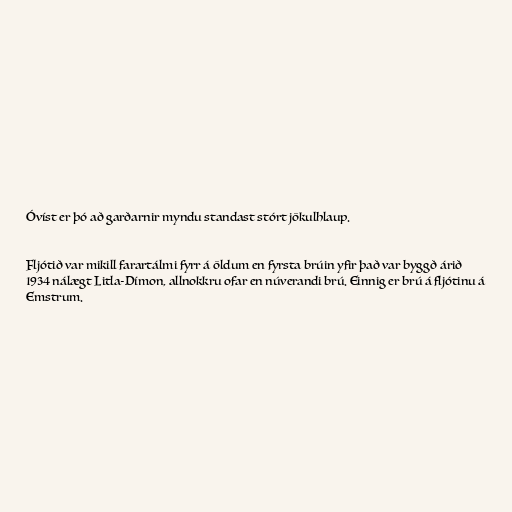
Óvíst er þó að garðarnir myndu standast stórt jökulhlaup.

Fljótið var mikill farartálmi fyrr á öldum en fyrsta brúin yfir það var byggð árið
1934 nálægt Litla-Dímon, allnokkru ofar en núverandi brú. Einnig er brú á fljótinu á
Emstrum.